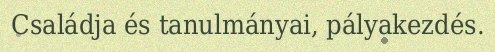
Családja és tanulmányai, pályakezdés.